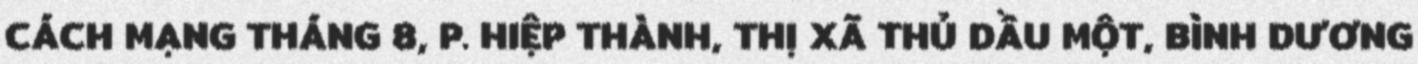
CÁCH MẠNG THÁNG 8, P. HIỆP THÀNH, THỊ XÃ THỦ DẦU MỘT, BÌNH DƯƠNG